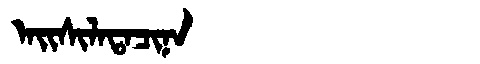
Manchu: ᠠᡳᠰᡳᠯᠠᡨᠠᠴᡳᠨᠠ
Romanization: AISILATACINA